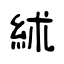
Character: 絉